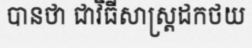
បានថា ជាវិធីសាស្ត្រដកថយ